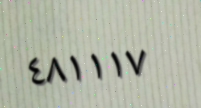
٤٨١١١٧